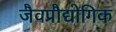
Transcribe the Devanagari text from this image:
जैवप्रौद्योगिक